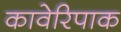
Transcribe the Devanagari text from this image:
कावेरिपाक